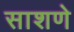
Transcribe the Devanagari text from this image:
साशणे